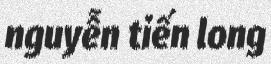
nguyễn tiến long